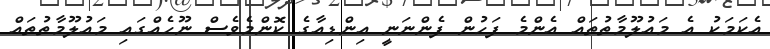
އެކަމަކު އެ މައުލޫމާތުތައް އެންމެ ފަހުން ފެންނަނީ އިންޑިއާގެ ކޮންމެވެސް ނޫހެއްގައި މައުލޫމާތުތައް